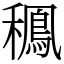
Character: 䆇